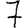
Digit: 7